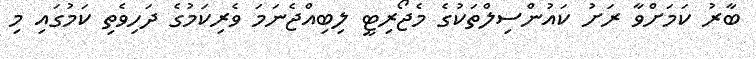
ބާރު ކަމަށްވާ ރަށު ކައުންސިލްތަކުގެ މެޖޯރިޓީ ލިބިއްޖެނަމަ ވެރިކަމުގެ ދަހިވެތި ކަމުގައި މި